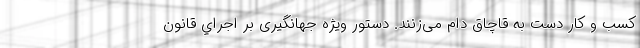
کسب و کار دست به قاچاق دام می‌زنند. دستور ويژه جهانگیری بر اجراي قانون